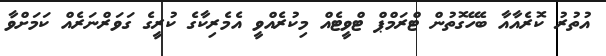
އުތުރު ކޮރެއާއާ ބެހޭގޮތުން ޓްރަމްޕް ޓްވީޓެއް މިކުރެއްވީ އެމެރިކާގެ ކުރީގެ ގަވަރްނަރެއް ކަމަށްވާ